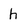
Character: h